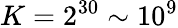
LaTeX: K=2^{30}\sim 10^{9}